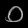
Digit: ၀